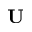
\mathbf { U }